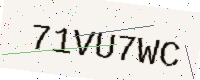
Text: 71VU7WC